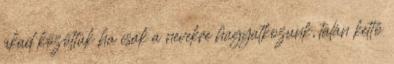
akad közöttük ha csak a nevekre hagyatkozunk, talán kettő